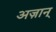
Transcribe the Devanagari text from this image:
अज़ान्